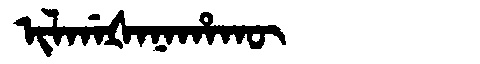
Manchu: ᡳᠯᡤᠠᡧᠠᠨᠠᡥᠠᡴᡡ
Romanization: ILGAŠANAHAKŪ